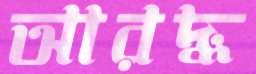
আরদ্ধ